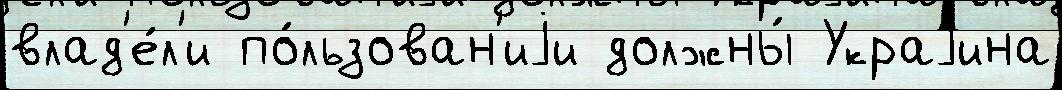
влад'е́л'и по́льзован'иjи должны́ Украjина